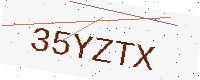
Text: 35YZTX